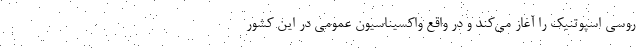
روسی اسپوتنیک را آغاز می‌کند و در واقع واکسیناسیون عمومی در این کشور